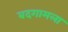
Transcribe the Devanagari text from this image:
बदगामला